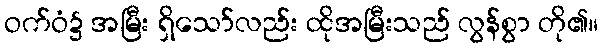
ဝက်ဝံ၌ အမြီး ရှိသော်လည်း ထိုအမြီးသည် လွန်စွာ တို၏။